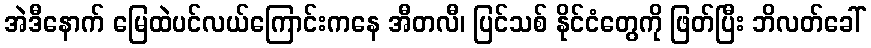
အဲဒီနောက် မြေထဲပင်လယ်ကြောင်းကနေ အီတလီ၊ ပြင်သစ် နိုင်ငံတွေကို ဖြတ်ပြီး ဘိလတ်ခေါ်